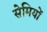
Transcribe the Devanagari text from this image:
सेमियों